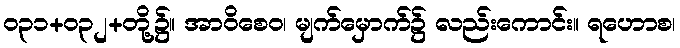
ဝ၃၁+၀၃၂+တို့၌။ အာဝိစေဝ၊ မျက်မှောက်၌ လည်းကောင်း။ ရဟောစ၊